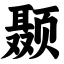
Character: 颞